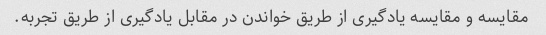
مقایسه و مقایسه یادگیری از طریق خواندن در مقابل یادگیری از طریق تجربه.